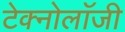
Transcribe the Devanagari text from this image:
टेक्नोलाॅजी